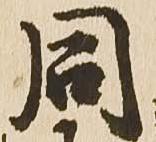
同